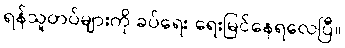
ရန်သူတပ်များကို ခပ်ရေး ရေးမြင်နေရလေပြီ။